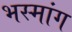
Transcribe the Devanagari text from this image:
भस्मांग